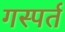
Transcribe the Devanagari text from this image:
गस्पर्त